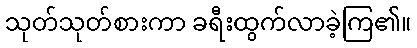
သုတ်သုတ်စားကာ ခရီးထွက်လာခဲ့ကြ၏။